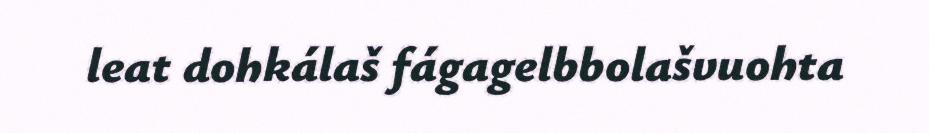
leat dohkálaš fágagelbbolašvuohta